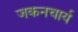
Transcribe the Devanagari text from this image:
जकनचार्य